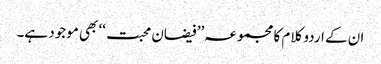
ان کے اردو کلام کا مجموعہ’’ فیضان محبت ‘‘ بھی موجود ہے۔